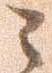
之